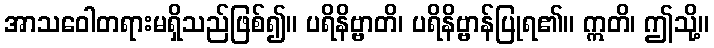
အာသဝေါတရားမရှိသည်ဖြစ်၍။ ပရိနိဗ္ဗာတိ၊ ပရိနိဗ္ဗာန်ပြုရ၏။ ဣတိ၊ ဤသို့။